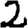
Digit: 2